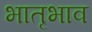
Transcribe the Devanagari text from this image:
भातृभाव